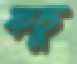
কচু